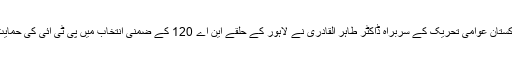
اس موقع پر پاکستان عوامی تحریک کے سربراہ ڈاکٹر طاہر القادری نے لاہور کے حلقے این اے 120 کے ضمنی انتخاب میں پی ٹی آئی کی حمایت کا اعلان کیا۔